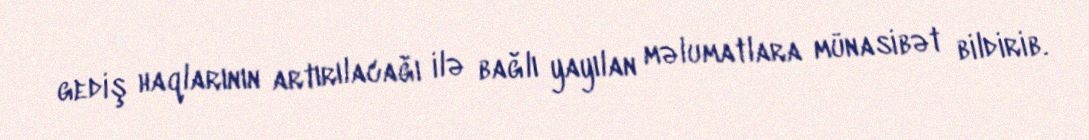
gediş haqlarının artırılacağı ilə bağlı yayılan məlumatlara münasibət bildirib.